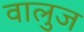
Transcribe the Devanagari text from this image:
वालुज